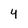
Character: y